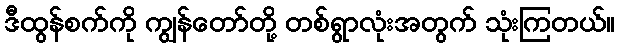
ဒီထွန်စက်ကို ကျွန်တော်တို့ တစ်ရွာလုံးအတွက် သုံးကြတယ်။